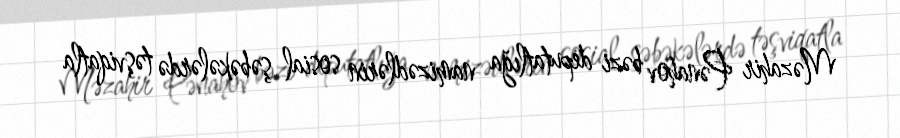
Məzahir Pənahov bəzi deputatlığa namizədlərin sosial şəbəkələrdə təşviqatla